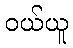
ဝယ်ယူ